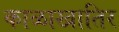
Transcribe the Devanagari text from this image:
काळाखातिर